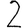
Digit: 2